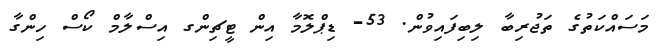
މަސައްކަތުގެ ތަޖުރިބާ ލިބިފައިވުން. 53- ޑިޕްލޮމާ އިން ޓީޗިންގ އިސްލާމް ކޯސް ހިންގާ